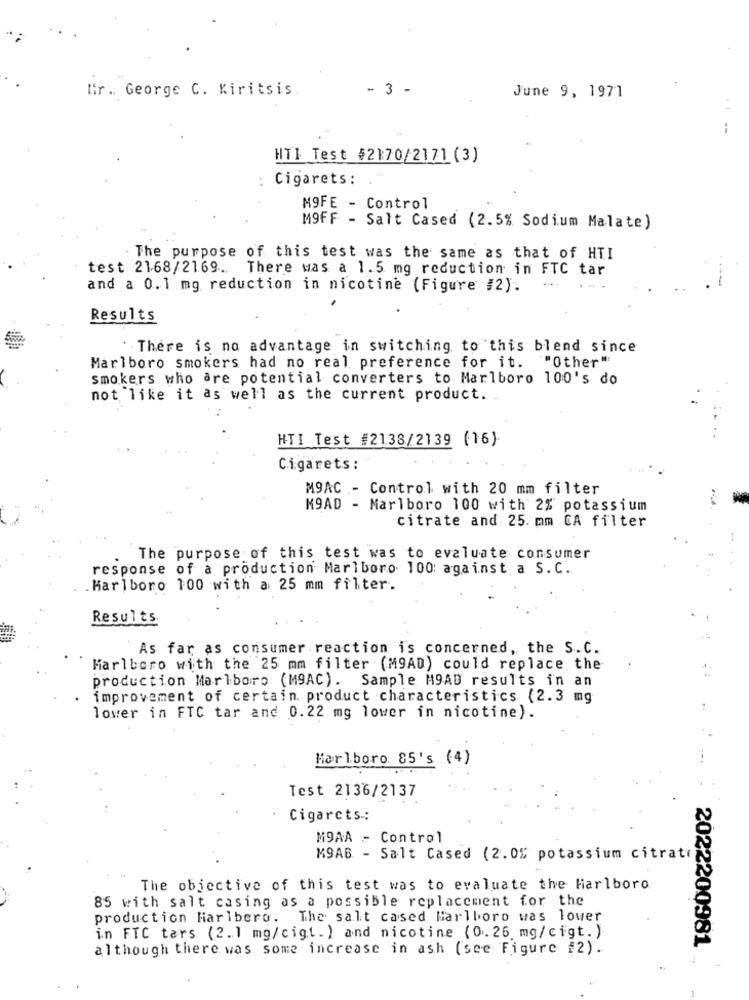
Gr .. George C. Kiritsis
- 3 -
June 9, 1971
--
HTI Test $2170/2171 (3)
Cigarets:
MOFE - Control
MOFF - Salt Cased (2.5% Sodium Malate)
The purpose of this test was the same as that of HTI
test 2168/2169. There was a 1.5 mg reduction in FTC tar
and a 0.1 mg reduction in nicotine (Figure #2).
....
----
Results
. There is no advantage in switching to this blend since
Marlboro smokers had no real preference for it. ""Other"
smokers who are potential converters to Marlboro 100's do
not like it as well as the current product. .
HTI Test #2138/2139 (16)
Cigarets:
M9AC - Control with 20 mm filter
K9AD - Marlboro 100 with 2% potassium
citrate and 25. mm CA filter
The purpose of this test was to evaluate consumer
response of a production Marlboro 100: against a S.C.
. Marlboro 100 with a 25 mm filter.
Results
As far as consumer reaction is concerned, the S.C.
Marlboro with the 25 mm filter (M9AD) could replace the
production Marlboro (MAC). Sample M9AD results in an
improvement of certain product characteristics (2.3 mg
lower in FTC tar and 0.22 mg lower in nicotine).
Marlboro 85's (4)
Test 2136/2137
Cigarets .:
MOAA _ Control
MSAB - Salt Cased (2.0% potassium citrate
The objective of this test was to evaluate the Marlboro
85 with salt casing as a possible replacement for the
production Harlbero. The salt cased Marlboro was lower
in FTC tars (2.1 mg/cigt. ) and nicotine (0.26 mg/cigt. )
although there was some increase in ash (see Figure #2).
2022200981